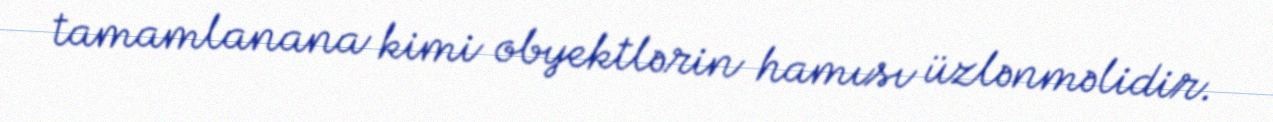
tamamlanana kimi obyektlərin hamısı üzlənməlidir.